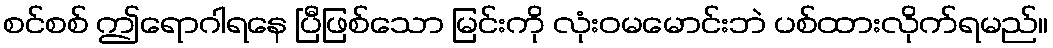
စင်စစ် ဤရောဂါရနေ ပြီဖြစ်သော မြင်းကို လုံးဝမမောင်းဘဲ ပစ်ထားလိုက်ရမည်။